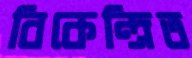
বিকেন্দ্রিত